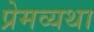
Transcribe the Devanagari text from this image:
प्रेमव्यथा